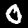
Digit: 0